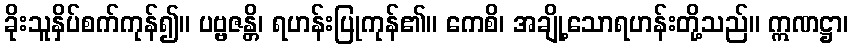
ခိုးသူနှိပ်စက်ကုန်၍။ ပဗ္ဗဇန္တိ၊ ရဟန်းပြုကုန်၏။ ကေစိ၊ အချို့သောရဟန်းတို့သည်။ ဣဏဋ္ဌာ၊